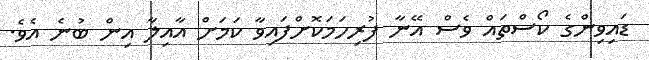
ޑައިވިންގެ ކޯސްތައް ވެސް އޭނާ ފުރިހަމަކޮށްފައިވާ ކަމަށް އާއިލާ އިން ބުނެ އެވެ.